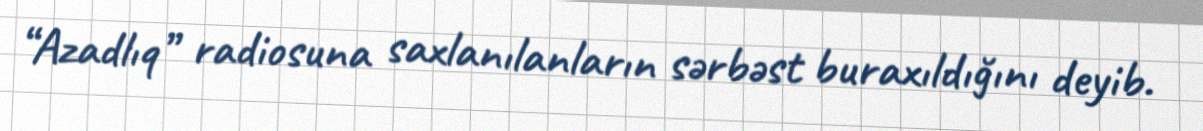
“Azadlıq” radiosuna saxlanılanların sərbəst buraxıldığını deyib.